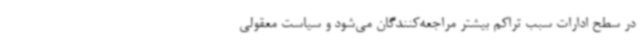
در سطح ادارات سبب تراکم بیشتر مراجعه‌کنندگان می‌شود و سیاست معقولی